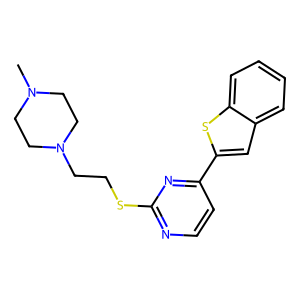
SMILES: CN1CCN(CCSc2nccc(-c3cc4ccccc4s3)n2)CC1
Inhibits HIV replication: No